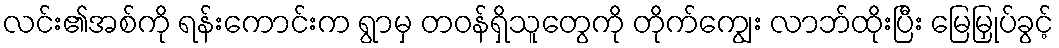
လင်း၏အစ်ကို ရန်းကောင်းက ရွာမှ တဝန်ရှိသူတွေကို တိုက်ကျွေး လာဘ်ထိုးပြီး မြေမြှုပ်ခွင့်